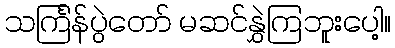
သင်္ကြန်ပွဲတော် မဆင်နွှဲကြဘူးပေါ့။